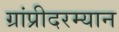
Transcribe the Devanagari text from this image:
ग्रांप्रीदरम्यान